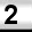
Digit: 2